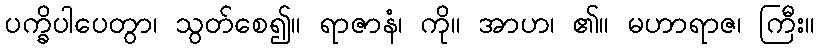
ပက္ခိပါပေတွာ၊ သွတ်စေ၍။ ရာဇာနံ၊ ကို။ အာဟ၊ ၏။ မဟာရာဇ၊ ကြီး။